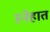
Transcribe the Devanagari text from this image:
स्नेहात